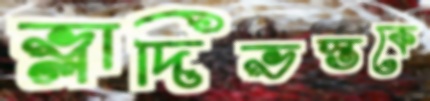
ভ্লাদিভস্তকে